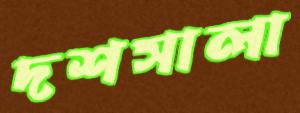
দশসালা